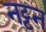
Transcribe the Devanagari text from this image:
नट्टन